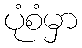
ပုံစံမှာ